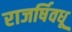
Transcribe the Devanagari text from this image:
राजर्षिवधू